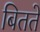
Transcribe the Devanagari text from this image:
बितते